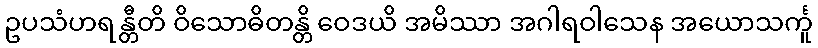
ဥပသံဟရန္တီတိ ဝိသောဓိတန္တိ ဝေဒယိ အမိဿာ အဂါရဝါသေန အယောသင်္ကူ